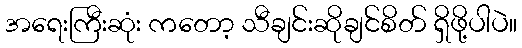
အရေးကြီးဆုံး ကတော့ သီချင်းဆိုချင်စိတ် ရှိဖို့ပါပဲ။